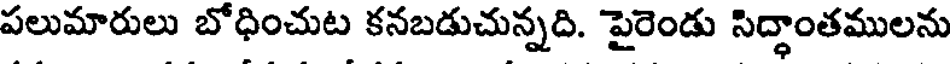
పలుమారులు బోధించుట కనబడుచున్నది. పైరెండు సిద్ధాంతములను